Indian journal of veterinary science and animal husbandry - Volume 7,
Year: 1937
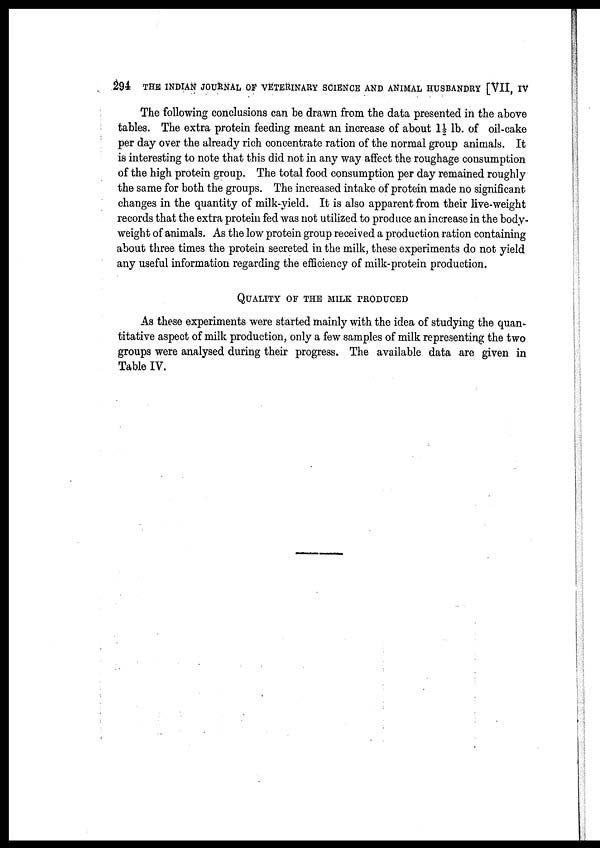
294 THE INDIAN JOURNAL OF VETERINARY SCIENCE AND ANIMAL HUSBANDRY [VII, IV
The following conclusions can be drawn from the data presented in the above
tables. The extra protein feeding meant an increase of about 1½ lb. of oil-cake
per day over the already rich concentrate ration of the normal group animals. It
is interesting to note that this did not in any way affect the roughage consumption
of the high protein group. The total food consumption per day remained roughly
the same for both the groups. The increased intake of protein made no significant
changes in the quantity of milk-yield. It is also apparent from their live-weight
records that the extra protein fed was not utilized to produce an increase in the body-
weight of animals. As the low protein group received a production ration containing
about three times the protein secreted in the milk, these experiments do not yield
any useful information regarding the efficiency of milk-protein production.
QUALITY OF THE MILK PRODUCED
As these experiments were started mainly with the idea of studying the quan-
titative aspect of milk production, only a few samples of milk representing the two
groups were analysed during their progress. The available data are given in
Table IV.